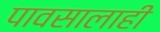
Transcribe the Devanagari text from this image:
पावसालाही